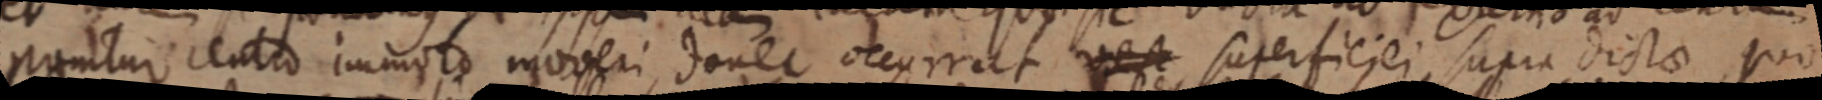
ponitur centro immoto moveri, donec occurrat vest superficiei supra dictae, quo